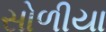
સોળીયા